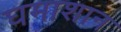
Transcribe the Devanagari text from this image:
घमाशान